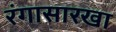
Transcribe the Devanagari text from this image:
रंगासारखा